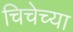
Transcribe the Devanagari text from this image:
चिचेच्या